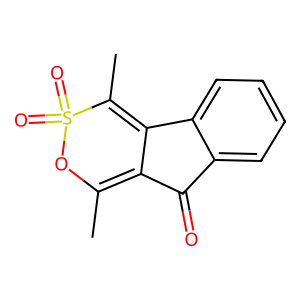
SMILES: CC1=C2C(=O)c3ccccc3C2=C(C)S(=O)(=O)O1
Inhibits HIV replication: No